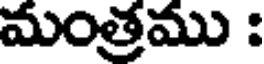
మంత్రము :